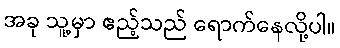
အခု သူ့မှာ ဧည့်သည် ရောက်နေလို့ပါ။